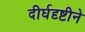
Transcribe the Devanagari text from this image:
दीर्घदृष्टीने